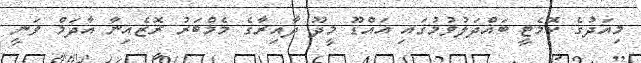
މިއަދުގެ ކޮމެޓީ ބައްދަލުވުމުގައި އައްޑޫ މީދޫ ދާއިރާގެ މެމްބަރު ރޮޒެއިނާ އާދަމް ވަނީ